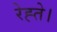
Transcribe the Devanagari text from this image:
रेह्ते।